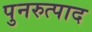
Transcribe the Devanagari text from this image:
पुनरुत्पाद